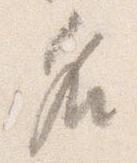
名